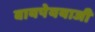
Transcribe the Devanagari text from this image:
वायपेययाजी